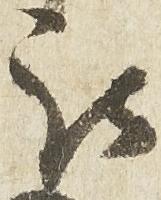
被